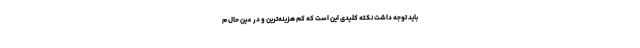
باید توجه داشت نکته کلیدی این است که کم هزینه‌ترین و در عین حال م